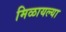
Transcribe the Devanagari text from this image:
मिळायल्या